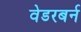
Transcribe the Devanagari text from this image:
वेडरबर्न